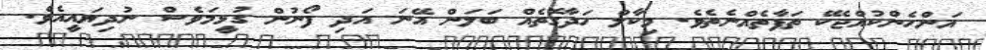
އަންހެންކުއްޖެކޭ ތަފާތެއްނެތެވެ. މިކާލް ހަދާގޮތެއް ބަލަން އޭނަ އަދި ފޯނުން ގުޅީމަވެސް ނުދިޔައީއެވެ.